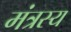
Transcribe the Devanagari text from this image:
मंत्रस्य